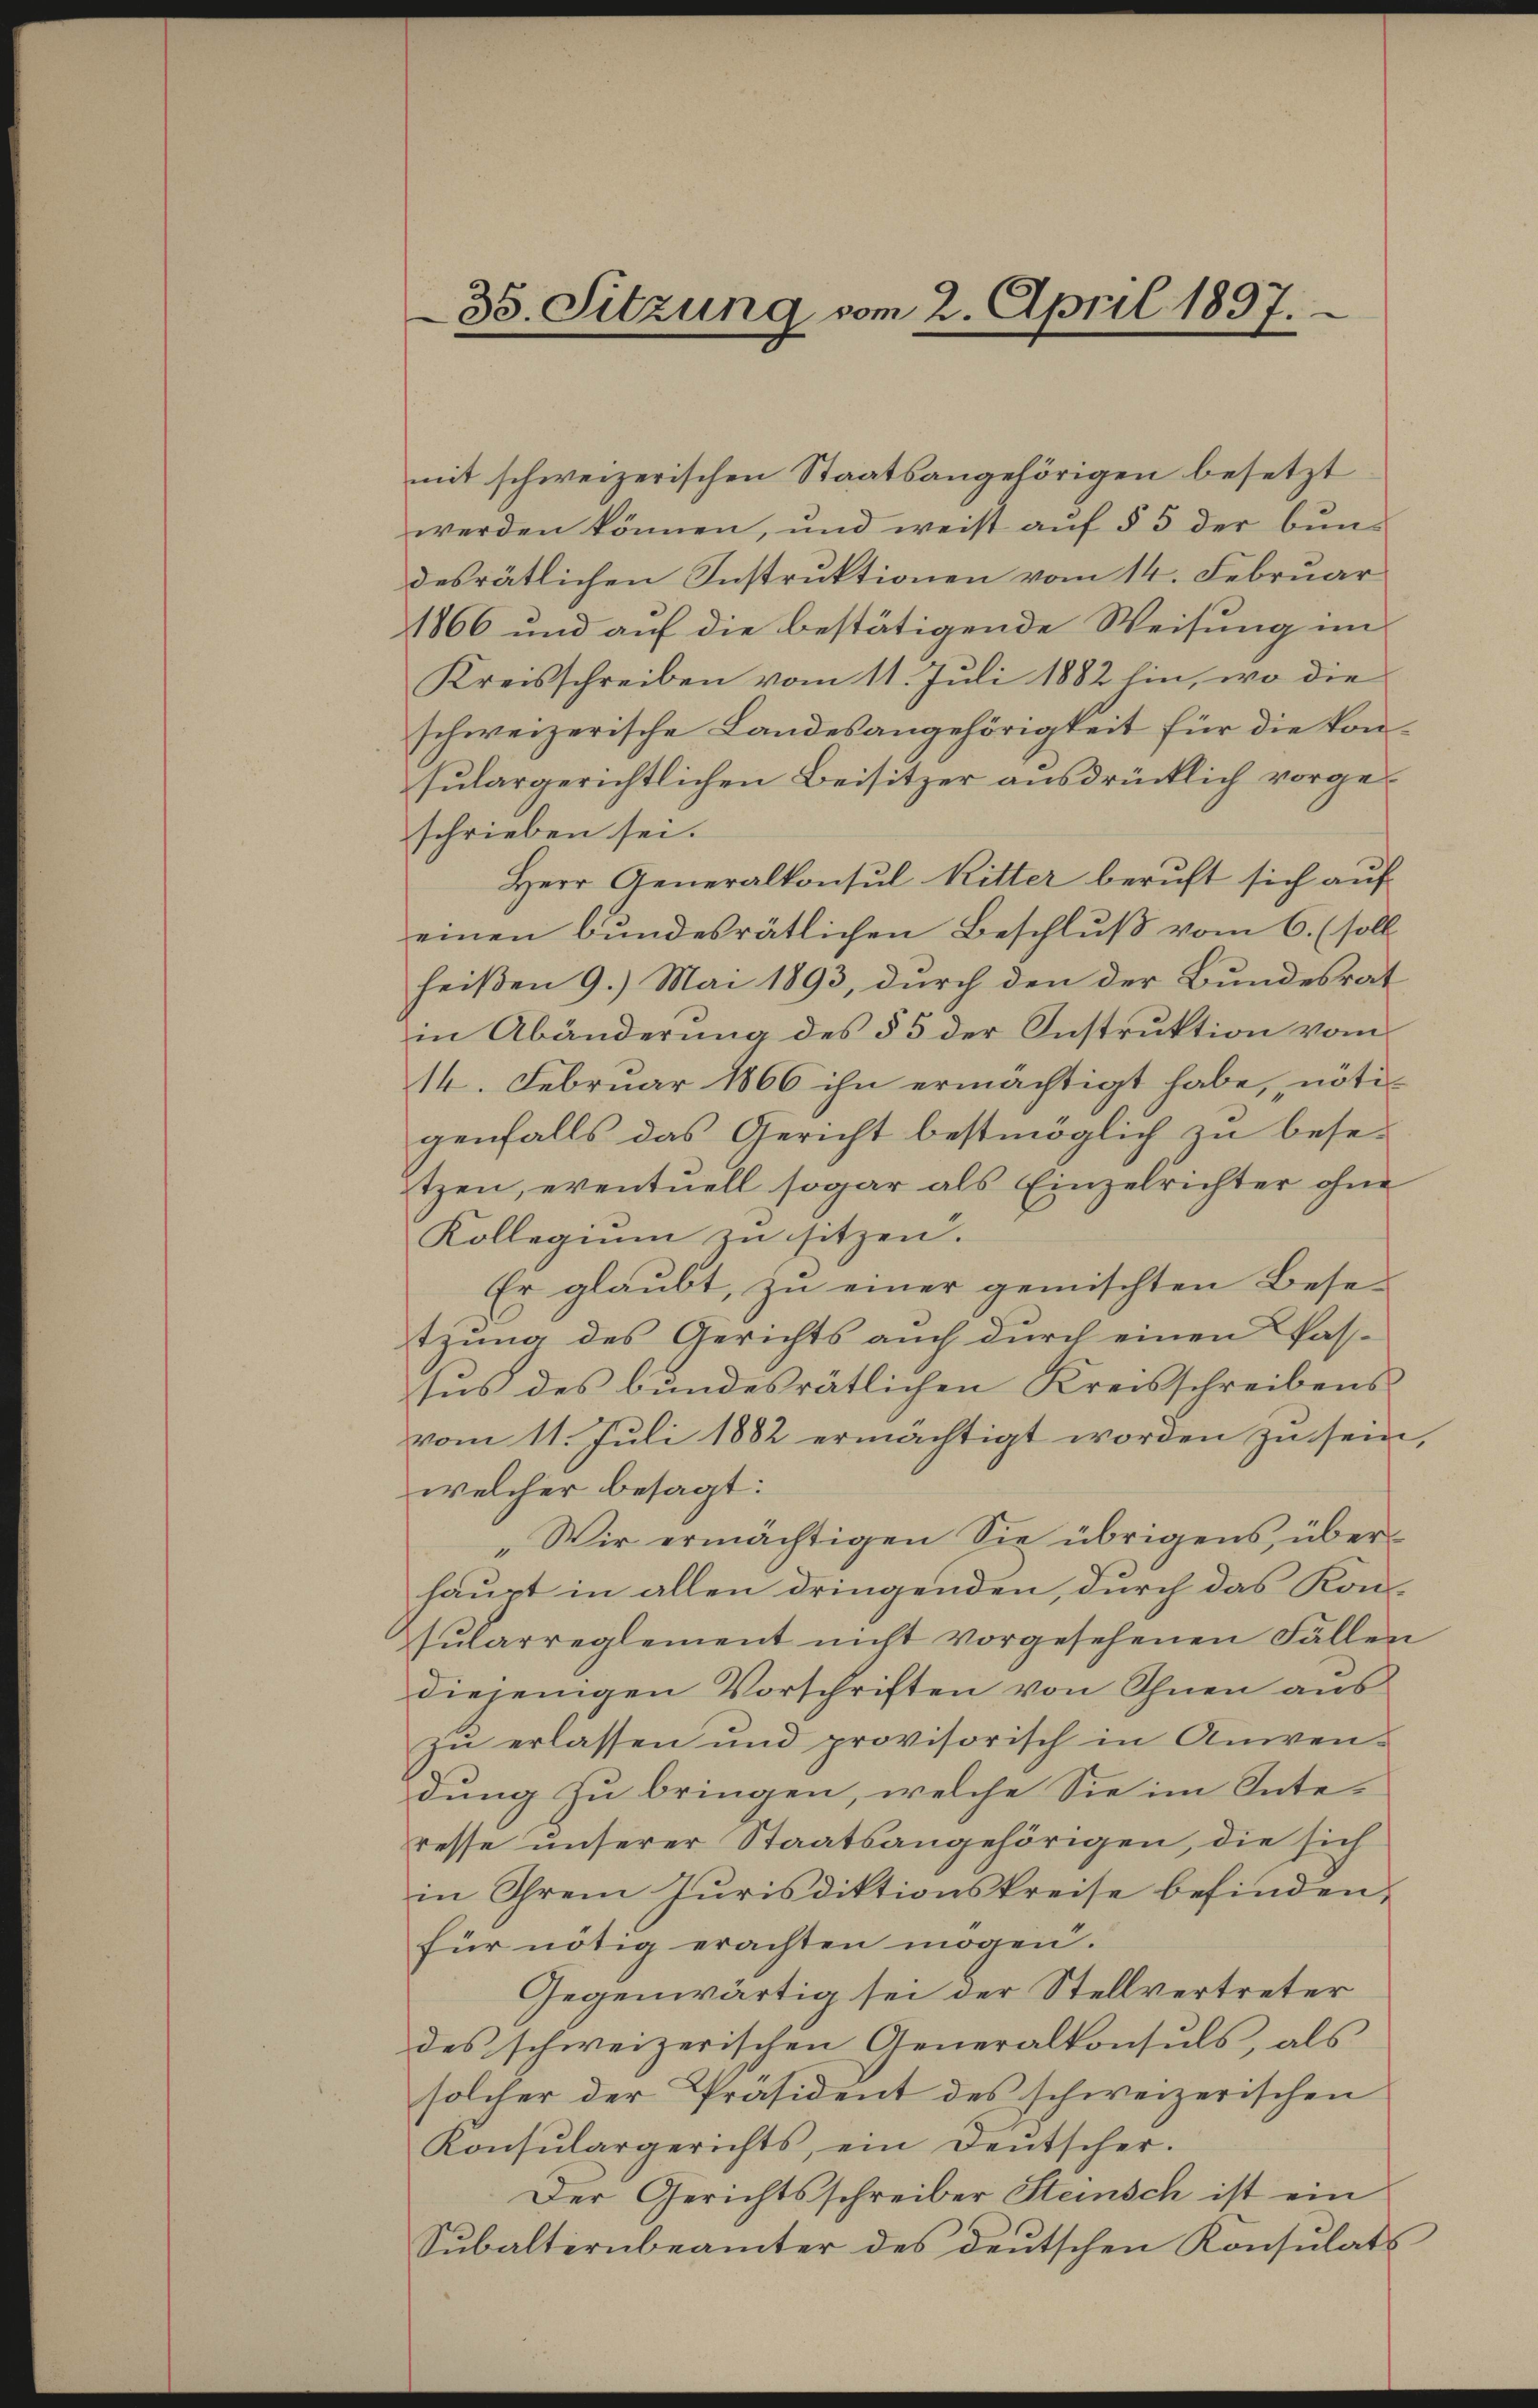
35. Sitzung vom 2. April 1897.

mit schweizerischen Staatsangehörigen besetzt
werden können, und weist aŭf § 5 der bun-
desrätlichen Instruktionen vom 14. Februar
1866 und auf die bestätigende Weisung im
Kreisschreiben vom 11. Juli 1882 hin, wo die
schweizerische Landesangehörigkeit für die konsulargerichtlichen Beisitzer ausdrücklich vorgeschrieben sei.
Herr Generalkonsul Ritter beruft sich auf
einen Bŭndesrätlichen Beschlŭβ vom 6. (soll
heißen 9. Mai 1893, durch den der Bundesrat
in Abänderung des § 5 der Instruktion vom
14. Februar 1866 ihn ermächtigt habe, nötigenfalls das Gericht bestmöglich zu besetzen, eventuell sogar als Einzelrichter ohne
Kollegium zu sitzen.
Er glaubt, zu einer gemischten Besetzung des Gerichts auch durch einen Passus des bundesrätlichen Kreisschreibens
vom 11. Juli 1882 ermächtigt worden zu sein,
welcher besagt:
„Wir ermächtigen Sie übrigens, überhaupt in allen dringenden, durch das Konsŭlarreglement nicht vorgesehenen Fällen
diejenigen Vorschriften von Ihnen aus
zu erlassen und provisorisch in Anwen-
dung zu bringen, welche Sie im Inte-
resse unserer Staatsangehörigen, die sich
in Ihrem Jurisdiktionskreise befinden,
für nötig erachten mögen.
Gegenwärtig sei der Stellvertreter
des schweizerischen Generalkonsuls, als
solcher der Präsident des schweizerischen
Konsŭlargerichts, ein Deutscher.
Der Gerichtsschreiber Steinsch ist ein
Subalternbeämter des deutschen Konsulats